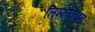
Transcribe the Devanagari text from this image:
लिम्फ़ोकाइन